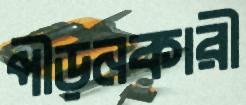
পীড়নকারী